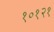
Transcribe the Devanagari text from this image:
१०१२१